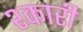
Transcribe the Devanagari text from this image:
श्कारी